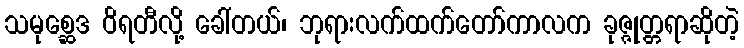
သမုစ္ဆေဒ ဝိရတီလို့ ခေါ်တယ်၊ ဘုရားလက်ထက်တော်ကာလက ခုဇ္ဇုတ္တရာဆိုတဲ့